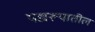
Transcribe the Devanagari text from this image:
पद्यरूपातील